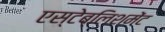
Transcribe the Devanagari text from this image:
एस्टेब्लिशमेंट